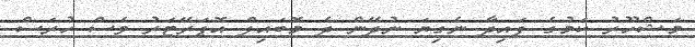
މަޝްހޫރު ކަމުގެ ފައިދާ ނެގިޔަ ނުދޭން ދެ މޮބައިލް އޮޕަރޭޓަރު ވެސް ހުރަސް